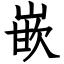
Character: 嵌